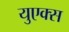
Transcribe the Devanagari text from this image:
युएक्स